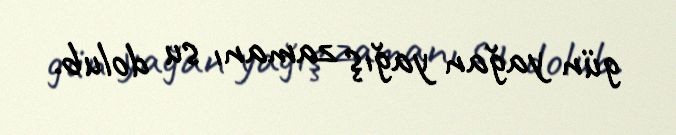
gün yağan yağış zamanı su dolub.